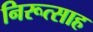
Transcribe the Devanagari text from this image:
निरूत्साह